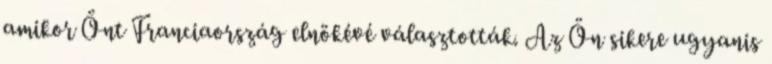
amikor Önt Franciaország elnökévé választották. Az Ön sikere ugyanis